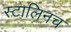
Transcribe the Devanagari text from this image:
स्टालिनच